system: You are a helpful assistant.
user:
Analyze the provided spectrum to determine if it is a **S-type Star**.

- **Key Indicators for S-type Star:**

    - **(Overall Spectrum Shape):** The first and most obvious characteristic is the overall continuum (the "baseline" shape). It is **extremely "red-sloping,"** meaning the flux (light intensity) is very low on the left side (blue, ~4000-4500 Å) and rises steeply and continuously toward the right side (red, ~7000 Å+).

    - **(Primary):** The spectrum is defined by the presence of strong, broad molecular absorption "valleys" (bands) from **Zirconium Oxide (ZrO)**. The identification of these bands is the **primary requirement** for classifying a star as S-type.
        - **(Key Bandheads):** You must find distinct, deep "dips" where the light has been absorbed. The most critical band systems to locate are:
            - **~6474 Å** ($\gamma$-system): This is often the strongest and clearest ZrO feature, found in the red part of the spectrum.
            - **~5718 Å** & **~5551 Å** ($\beta$-system): A pair of prominent absorption features in the yellow-orange part of the spectrum.
            - **~4640 Å** ($\alpha$-system): A key absorption band system in the blue-green region of the spectrum.

    - **(Secondary Confirmation):** The classification is strengthened by finding additional absorption bands from other related heavy element oxides, which are expected to be present alongside ZrO.
        - **(Key Bandheads):**
            - **Yttrium Oxide (YO):** Look for absorption dips near **~4800 Å** and **~6100 Å**.
            - **Lanthanum Oxide (LaO):** Additional absorption features, particularly in the red-orange part of the spectrum, are also characteristic.

    - **(Line Profile):** The combination of the steep red continuum and these numerous, deep molecular bands (ZrO, YO, etc.) gives the entire spectrum a very **"chopped-up"** or **"bumpy"** appearance. Instead of a smooth curve, the spectrum looks as though large, wide chunks of light have been "carved out" of it at the specific wavelengths listed above.

Think first, call **spectral_visualization_tool** if needed to examine features in detail, then provide your final answer. Your response must adhere to the following strict rules:
1.  **Overall Structure:** Your response must follow the format `<think>...</think> <tool_call>...</tool_call> (if a tool is used) <answer>...</answer>`.
2.  **Tool Usage Constraint:** You may only make **one** tool call per turn.
3.  **Final Answer Format:** In the `<answer>` tag, your conclusion must be inside a `\boxed{}` command (e.g., `\boxed{YES}` or `\boxed{NO}`), followed by your justification.

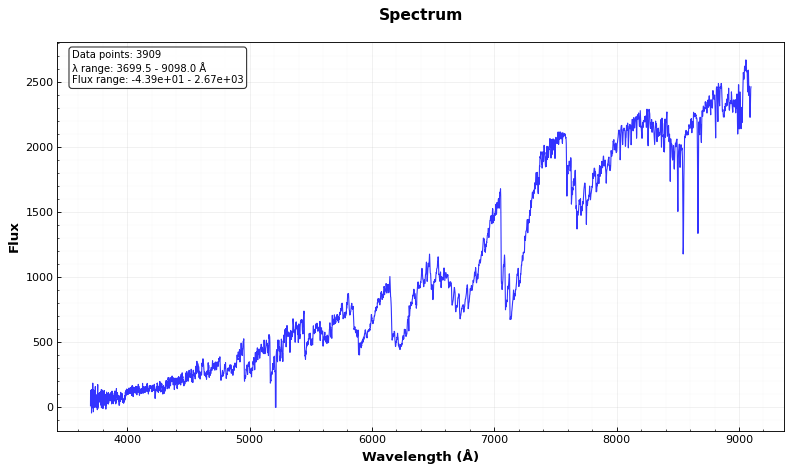
Answer: YES